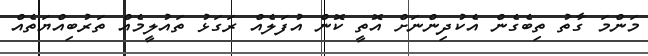
މަންމަ ގާތު ތިބެގެން އެކުދިންނަށް އޮތީ ކޮން އުފަލެއް ރަގަޅު ތައުލީމެއް ތަރުބިއްޔަތެއް